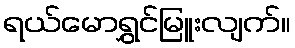
ရယ်မောရွှင်မြူးလျက်။